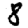
Digit: 8